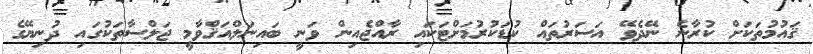
ޤައުމުތަކަށް ކުރާނެ ނޭދެވޭ އަސަރުތައް ކުޑަކުރުމަށްޓަކައި ރާއްޖެއިން ވަނީ ބައިނަލްއަޤްވާމީ ޖަލްސާތަކުގައި ދުނިޔޭގެ